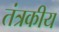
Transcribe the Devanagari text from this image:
तंत्रकीय